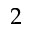
2